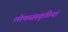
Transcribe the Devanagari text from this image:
लोकसंस्कृतियां